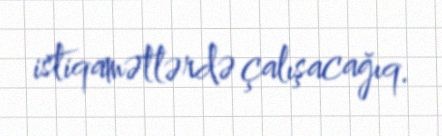
istiqamətlərdə çalışacağıq.